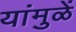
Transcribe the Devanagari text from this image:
यांमुळें